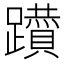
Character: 𨇇